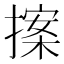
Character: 𭢀